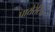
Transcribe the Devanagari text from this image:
पायेरेटिक